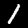
Label: 1